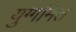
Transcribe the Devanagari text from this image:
युग्गमित